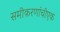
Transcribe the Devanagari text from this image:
समीकरणांचीएक